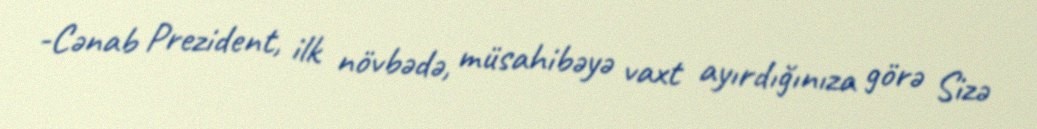
-Cənab Prezident, ilk növbədə, müsahibəyə vaxt ayırdığınıza görə Sizə